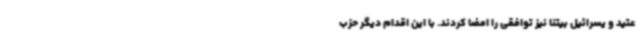
عتید و یسرائیل بیتنا نیز توافقی را امضا کردند. با این اقدام دیگر حزب